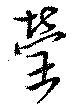
瑩